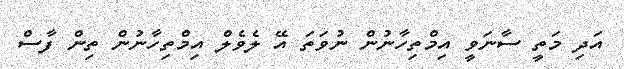
އަދި މަތީ ސާނަވީ އިމްތިހާނުން ނުވަތަ އޭ ލެވެލް އިމްތިހާނުން ތިން ފާސް